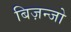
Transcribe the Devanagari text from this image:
बिज़न्जो